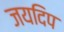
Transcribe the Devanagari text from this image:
जयदिप